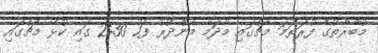
މުބާރާތުގެ ފުރަތަމަ މެޗްގައި މާދަމާ މެންދުރު ފަހު 2:30 ގައި ކުޅޭ މެޗްގައި